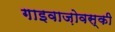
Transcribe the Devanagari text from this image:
गाइवाज़ोवस्की